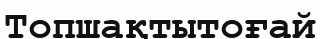
Топшақтытоғай